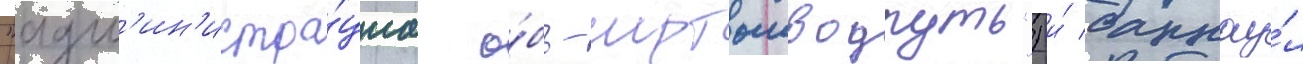
"адм'ин'истра́циа о́бь-иртышводпуть") и́ барнау́л